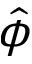
\hat { \phi }